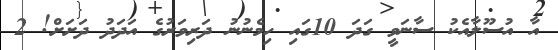
އާ އުސޫލާއެކު ސާނަވީ ގަދަ 10ގައި ހިމެނުނު ދަރިވަރުގެ އަދަދު ދަށަށް! 2